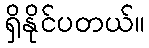
ရှိနိုင်ပတယ်။